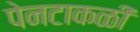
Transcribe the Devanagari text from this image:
पेनटाकळी